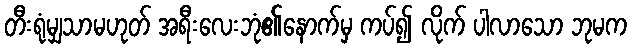
တီးရုံမျှသာမဟုတ် အရီးလေးဘုံ၏နောက်မှ ကပ်၍ လိုက် ပါလာသော ဘုမက